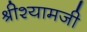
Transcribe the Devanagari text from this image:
श्रीश्यामजी